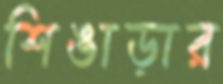
শিঙাড়ার